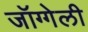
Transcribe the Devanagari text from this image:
जॉग्गेली